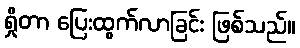
ရှိုတာ ပြေးထွက်လာခြင်း ဖြစ်သည်။